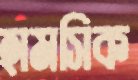
হামসিক